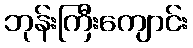
ဘုန်းကြီးကျောင်း